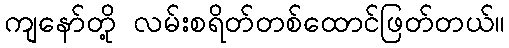
ကျနော်တို့ လမ်းစရိတ်တစ်ထောင်ဖြတ်တယ်။